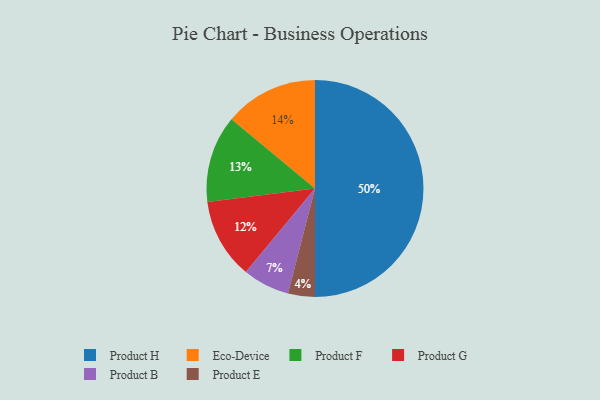
{"axis": {"x": "Category", "y": "Percentage"}, "legend": ["Eco-Device", "Product B", "Product E", "Product F", "Product G", "Product H"], "data": [{"x": "Product B", "y": 7, "type": "Product B"}, {"x": "Product H", "y": 50, "type": "Product H"}, {"x": "Product F", "y": 13, "type": "Product F"}, {"x": "Product E", "y": 4, "type": "Product E"}, {"x": "Eco-Device", "y": 14, "type": "Eco-Device"}, {"x": "Product G", "y": 12, "type": "Product G"}]}